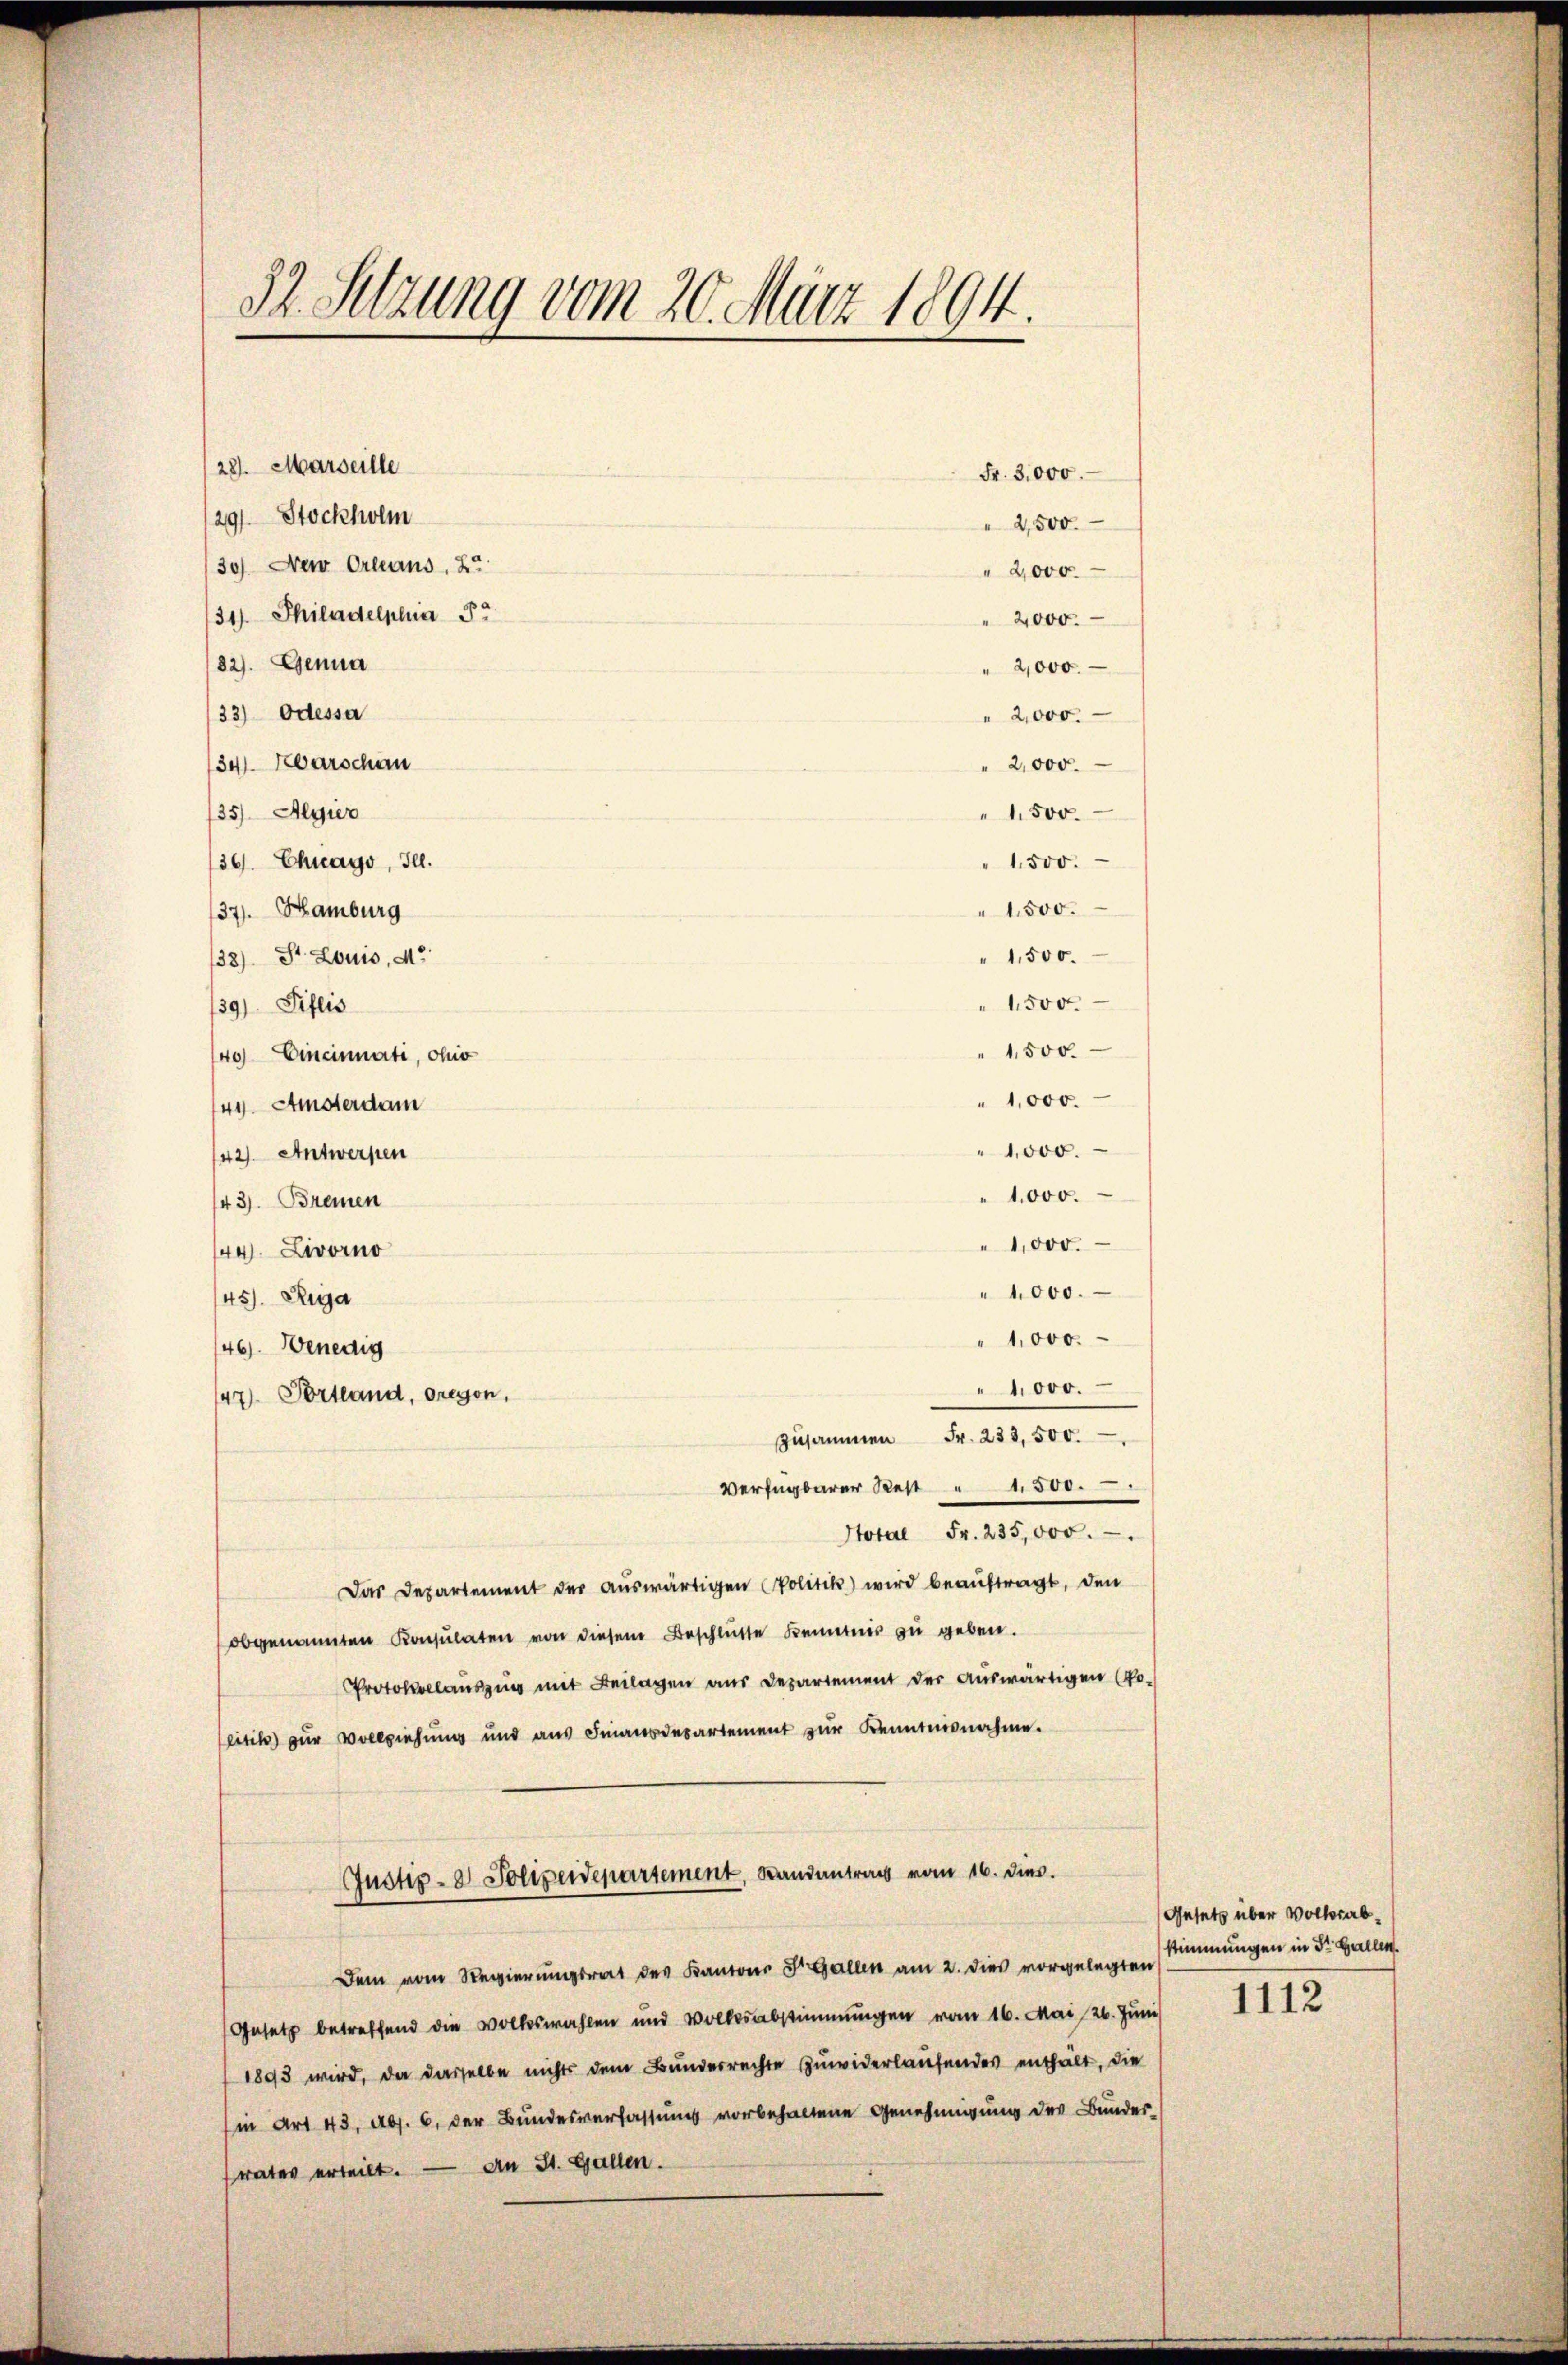
52. Setzung vom 20. März 1894.

221. Marseille
31). Philadelphia 5
82). Genua
33) Odessa
34 Karschen
35) Algier
36. Chrago, Ill.
37). Hamburg
33) St. Louis, de
39) Piflis
40 Cincinuati, chir
144. Amsterdam
42). Antwerpen
43). Bremen
144. Livorno
145). Ruja
146). Benedig
47). Portland, regen,

1291. Stockholm

30) Neu Orleans, 22

" 2,000.
2,000.
" 1500.
" 1500.
1500.
" 1,500.
1,500
1,500.
1,000.
1,000.
" 1,000.
1,000.
1,000.
1,000.
"1,000.
zusammen Fr. 233,500.
Verfügbarer Rest " 1500.
Stotal Fr. 235,000.
Das Departement der aŭswärtigen Politik) wird beauftragt, den
obgenannten Konsulaten von diesem Beschlüsse Bemeines zu geben.
Protokolaŭszŭg mit Beilagen aus Departement der auswärtigen (Po-
litik zur Vollziehung und aus Finandesartement zur Kenntnisnahme.
Justiz- & Polizeidepartement, Landantrag vom 16. dies.
Dem vom Regierungsrat des Kantons St. Gallen am 2. dies vorgelegten
Gesetz betreffend die Volkswahlen und Volksabstimmungen vom 16. Mai 26. Juni 1112
1893 wird, da dasselbe nichts dem Bunderrechte zuwiderlaufendes enthält, die
in Art. 43, Abs. 6. der Bundesverfassung vorbehaltene Genehmigung des Bunder
vater erteilt. — An St. Gallen.

Fr. 3,000.
2,500.
" 2,000.
2,000.
" 2,000.

Gesetz über Volksabstimmungen in der Hallen.